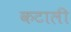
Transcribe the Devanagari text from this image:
कटाली